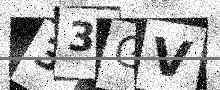
Text: 33GV